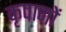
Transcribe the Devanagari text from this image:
कृपाणों